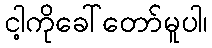
ငါ့ကိုခေါ်တော်မူပါ၊